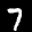
Label: 7